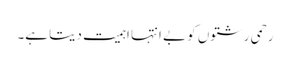
رحمی رشتوں کو بے انتہا اہمیت دیتا ہے۔